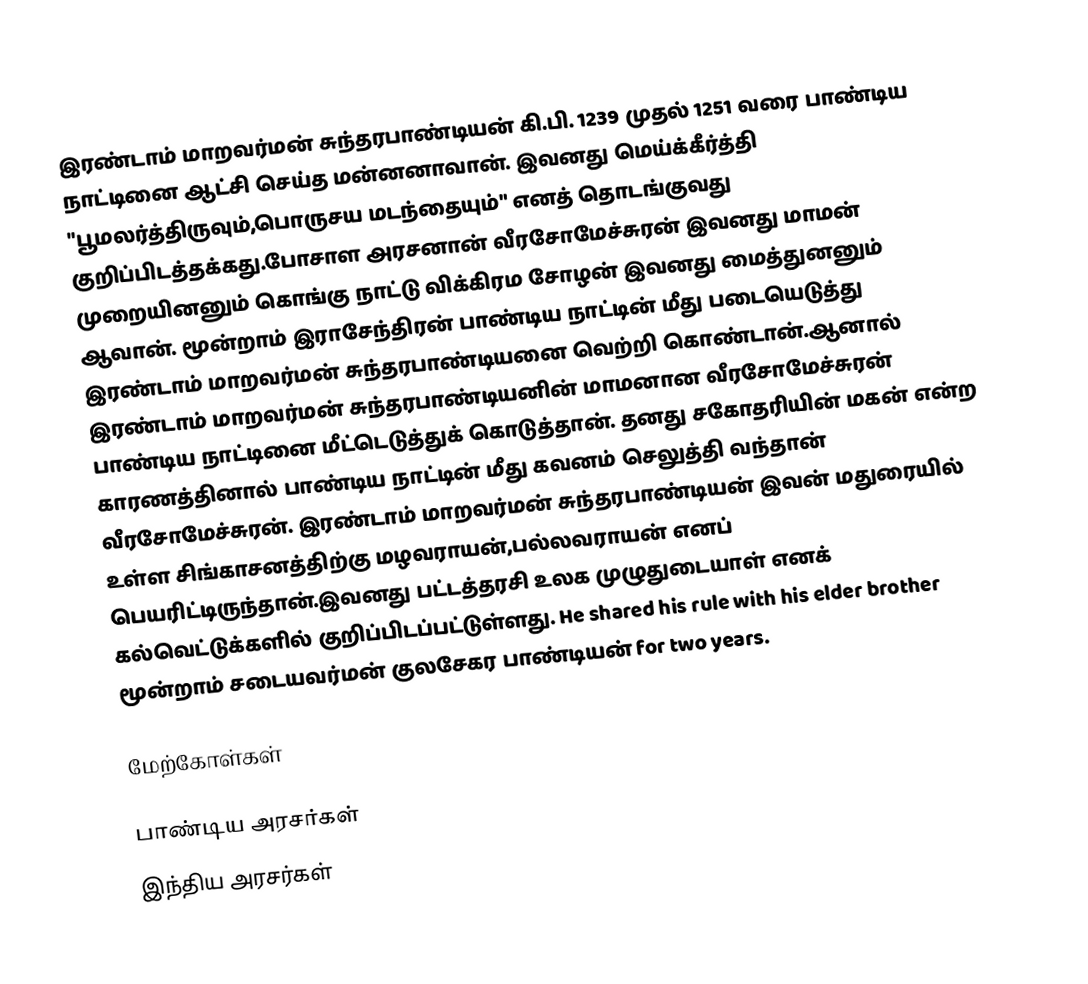
இரண்டாம் மாறவர்மன் சுந்தரபாண்டியன் கி.பி. 1239 முதல் 1251 வரை பாண்டிய நாட்டினை ஆட்சி செய்த மன்னனாவான். இவனது மெய்க்கீர்த்தி "பூமலர்த்திருவும்,பொருசய மடந்தையும்" எனத் தொடங்குவது குறிப்பிடத்தக்கது.போசாள அரசனான் வீரசோமேச்சுரன் இவனது மாமன் முறையினனும் கொங்கு நாட்டு விக்கிரம சோழன் இவனது மைத்துனனும் ஆவான். மூன்றாம் இராசேந்திரன் பாண்டிய நாட்டின் மீது படையெடுத்து இரண்டாம் மாறவர்மன் சுந்தரபாண்டியனை வெற்றி கொண்டான்.ஆனால் இரண்டாம் மாறவர்மன் சுந்தரபாண்டியனின் மாமனான வீரசோமேச்சுரன் பாண்டிய நாட்டினை மீட்டெடுத்துக் கொடுத்தான். தனது சகோதரியின் மகன் என்ற காரணத்தினால் பாண்டிய நாட்டின் மீது கவனம் செலுத்தி வந்தான் வீரசோமேச்சுரன். இரண்டாம் மாறவர்மன் சுந்தரபாண்டியன் இவன் மதுரையில் உள்ள சிங்காசனத்திற்கு மழவராயன்,பல்லவராயன் எனப் பெயரிட்டிருந்தான்.இவனது பட்டத்தரசி உலக முழுதுடையாள் எனக் கல்வெட்டுக்களில் குறிப்பிடப்பட்டுள்ளது. He shared his rule with his elder brother மூன்றாம் சடையவர்மன் குலசேகர பாண்டியன் for two years.

மேற்கோள்கள்

பாண்டிய அரசர்கள்
இந்திய அரசர்கள்